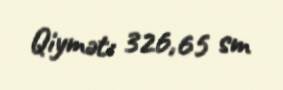
Qiymət: 326,65 sm